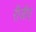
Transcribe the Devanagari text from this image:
रीजीए